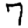
Digit: 7